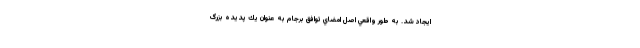
ايجاد شد. به طور واقعي اصل امضاي توافق برجام به عنوان يك پديده بزرگ